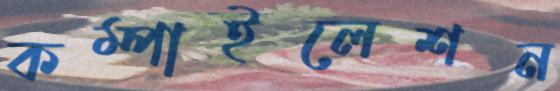
কম্পাইলেশন